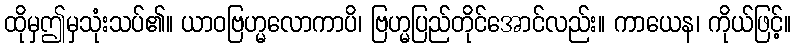
ထိုမှဤမှသုံးသပ်၏။ ယာဝဗြဟ္မလောကာပိ၊ ဗြဟ္မပြည်တိုင်အောင်လည်း။ ကာယေန၊ ကိုယ်ဖြင့်။